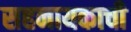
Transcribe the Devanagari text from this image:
सहनायकाची